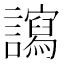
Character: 𧭠